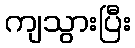
ကျသွားပြီး